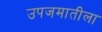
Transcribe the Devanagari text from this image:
उपजमातीला